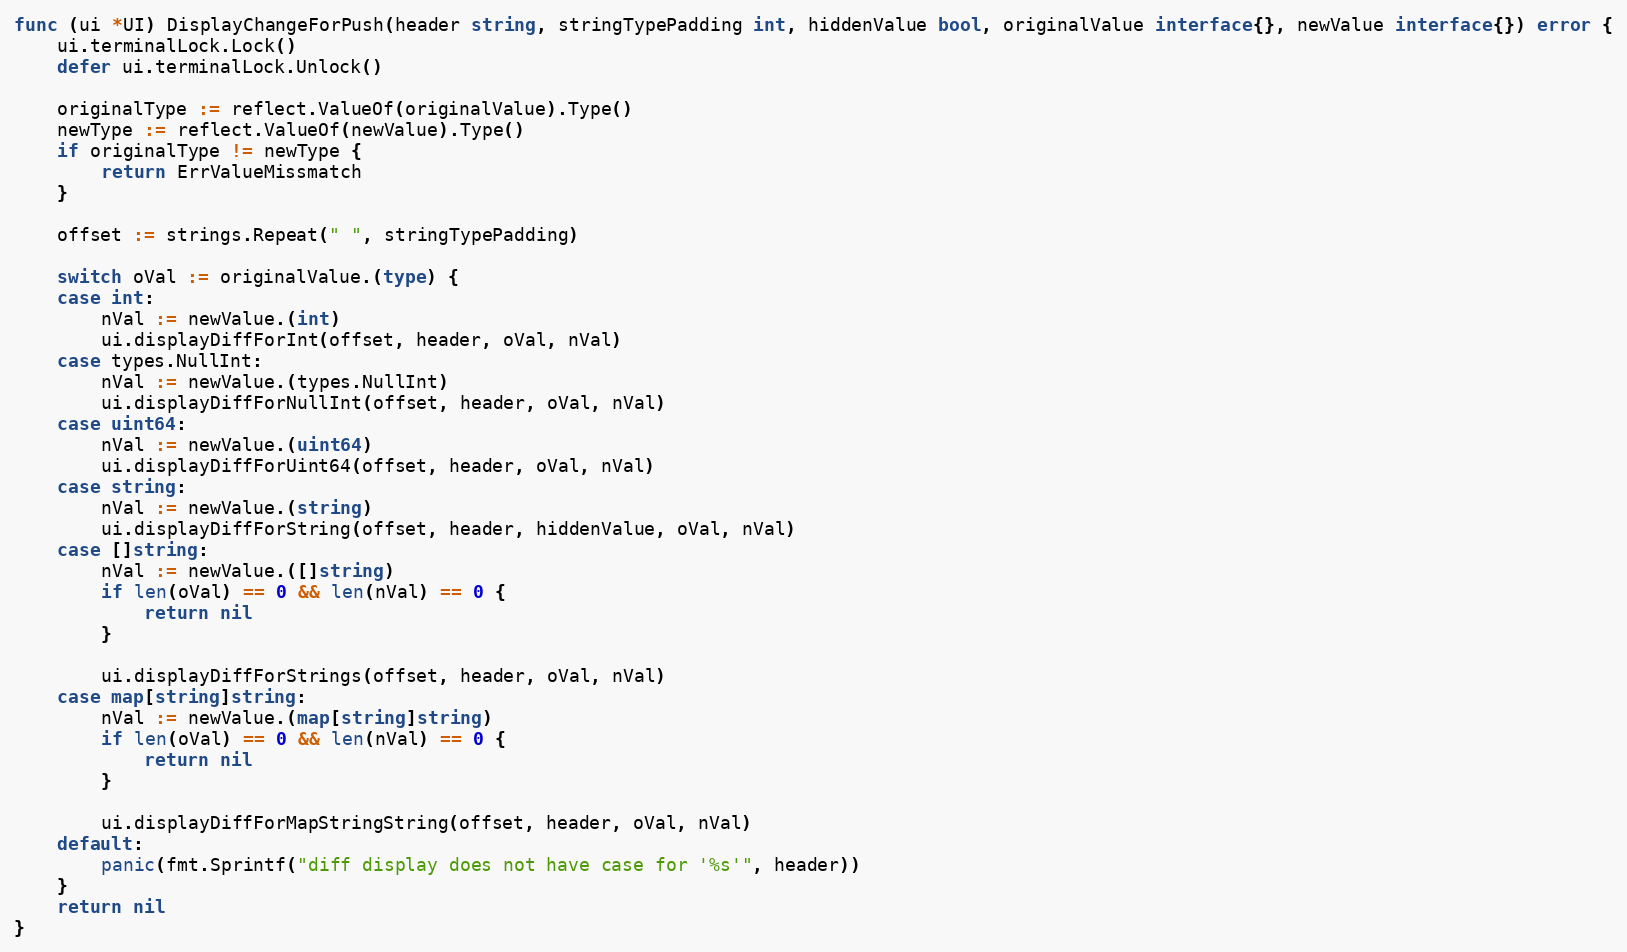
Language: Go
func (ui *UI) DisplayChangeForPush(header string, stringTypePadding int, hiddenValue bool, originalValue interface{}, newValue interface{}) error {
	ui.terminalLock.Lock()
	defer ui.terminalLock.Unlock()

	originalType := reflect.ValueOf(originalValue).Type()
	newType := reflect.ValueOf(newValue).Type()
	if originalType != newType {
		return ErrValueMissmatch
	}

	offset := strings.Repeat(" ", stringTypePadding)

	switch oVal := originalValue.(type) {
	case int:
		nVal := newValue.(int)
		ui.displayDiffForInt(offset, header, oVal, nVal)
	case types.NullInt:
		nVal := newValue.(types.NullInt)
		ui.displayDiffForNullInt(offset, header, oVal, nVal)
	case uint64:
		nVal := newValue.(uint64)
		ui.displayDiffForUint64(offset, header, oVal, nVal)
	case string:
		nVal := newValue.(string)
		ui.displayDiffForString(offset, header, hiddenValue, oVal, nVal)
	case []string:
		nVal := newValue.([]string)
		if len(oVal) == 0 && len(nVal) == 0 {
			return nil
		}

		ui.displayDiffForStrings(offset, header, oVal, nVal)
	case map[string]string:
		nVal := newValue.(map[string]string)
		if len(oVal) == 0 && len(nVal) == 0 {
			return nil
		}

		ui.displayDiffForMapStringString(offset, header, oVal, nVal)
	default:
		panic(fmt.Sprintf("diff display does not have case for '%s'", header))
	}
	return nil
}